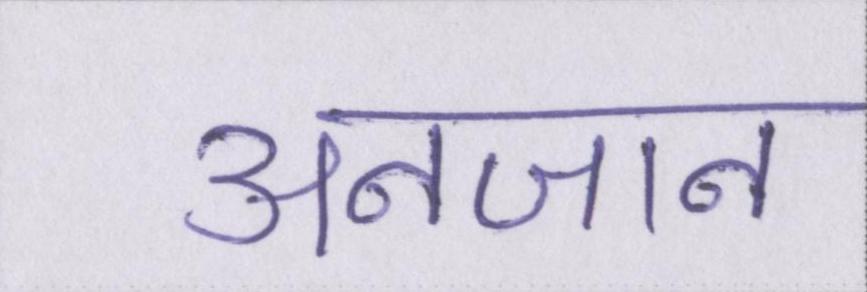
अनजान